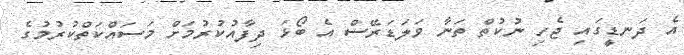
އެ ދަނޑީގައި ޖެހި ނުކުތް ތަނާ ވަލަޑަރޭސް އެ ބޯޅަ ދިފާއުކުރުމަށް މަސައްކަތްކުރުމުގެ